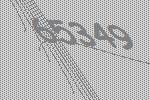
65349